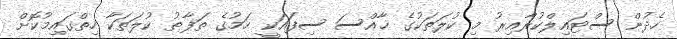
ހެދުން ސްޓައިލްކުރާއިރު މި ކުލަތަކުގެ ޚާއްސަ ސިފައަކީ ހަމުގެ ތަފާތު ކުލަތަކާ ހިތްގައިމުކޮށް